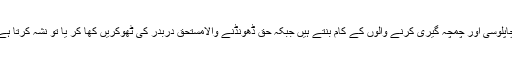
اس میں میرٹ کی دھجیاں اُڑائی جاتی ہیں، یہی وجہ ہے کہ چاپلوسی اور چمچہ گیری کرنے والوں کے کام بنتے ہیں جبکہ حق ڈھونڈنے والامستحق دربدر کی ٹھوکریں کھا کر یا تو نشہ کرتا ہے یا پھر مایوسی کے عالم میں ملکِ عدم کو روانہ ہو جاتا ہے۔